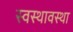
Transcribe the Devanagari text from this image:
स्वस्थावस्था